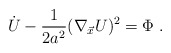
\begin{align*} \dot U - {1\over 2a^2}(\nabla_{\vec x}U)^2 =\Phi \ .\end{align*}